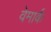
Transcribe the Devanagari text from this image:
वेमार्क